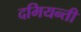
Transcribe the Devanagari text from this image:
दमियन्ती